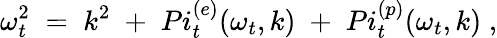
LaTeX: {\omega_{t}^{2}\; =\; k^{2}\; +\; Pi_{t}^{(e)}(\omega_{t},k)\; +\; Pi_{t}^{(p)}(\omega_{t},k)\; ,}